Civil Veterinary Dept. Bombay admin report 1914-1922 - 1914-1922
Year: 1914
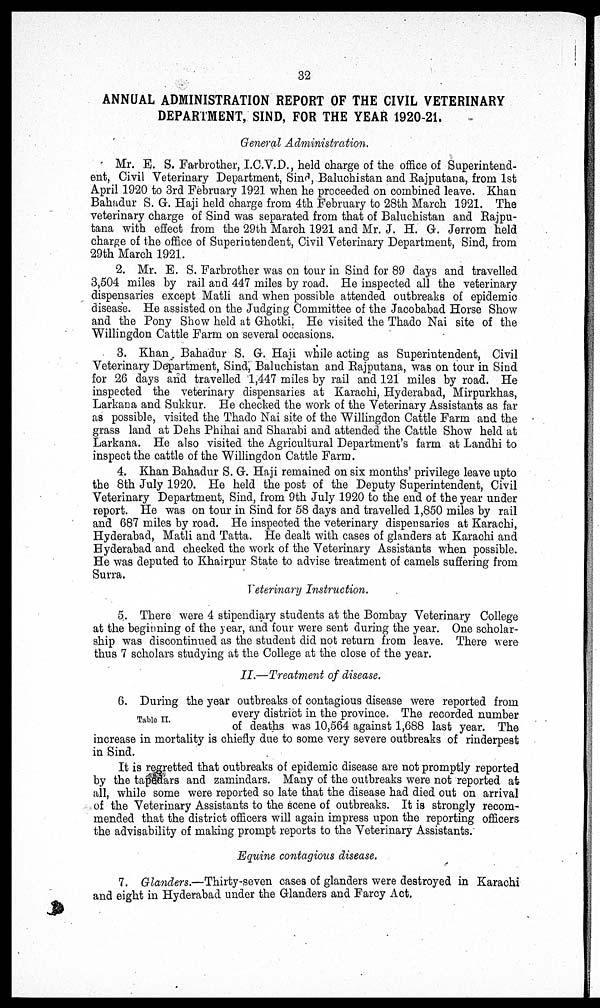
32
ANNUAL ADMINISTRATION REPORT OF THE CIVIL VETERINARY
DEPARTMENT, SIND, FOR THE YEAR 1920-21.
General Administration.
Mr. E. S. Farbrother, I.C.V.D., held charge of the office of Superintend-
ent, Civil Veterinary Department, Sind, Baluchistan and Rajputana, from 1st
April 1920 to 3rd February 1921 when he proceeded on combined leave. Khan
Bahadur S. G. Haji held charge from 4th February to 28th March 1921. The
veterinary charge of Sind was separated from that of Baluchistan and Rajpu-
tana with effect from the 29th March 1921 and Mr. J. H. G. Jerrom held
charge of the office of Superintendent, Civil Veterinary Department, Sind, from
29th March 1921.
2. Mr. E. S. Farbrother was on tour in Sind for 89 days and travelled
3,504 miles by rail and 447 miles by road. He inspected all the veterinary
dispensaries except Matli and when possible attended outbreaks of epidemic
disease. He assisted on the Judging Committee of the Jacobabad Horse Show
and the Pony Show held at Ghotki. He visited the Thado Nai site of the
Willingdon Cattle Farm on several occasions.
3. Khan Bahadur S. G. Haji while acting as Superintendent, Civil
Veterinary Department, Sind, Baluchistan and Rajputana, was on tour in Sind
for 26 days and travelled 1,447 miles by rail and 121 miles by road. He
inspected the veterinary dispensaries at Karachi, Hyderabad, Mirpurkhas,
Larkana and Sukkur. He checked the work of the Veterinary Assistants as far
as possible, visited the Thado Nai site of the Willingdon Cattle Farm and the
grass land at Dehs Phihai and Sharabi and attended the Cattle Show held at
Larkana. He also visited the Agricultural Department's farm at Landhi to
inspect the cattle of the Willingdon Cattle Farm.
4. Khan Bahadur S. G. Haji remained on six months' privilege leave upto
the 8th July 1920. He held the post of the Deputy Superintendent, Civil
Veterinary Department, Sind, from 9th July 1920 to the end of the year under
report. He was on tour in Sind for 58 days and travelled 1,850 miles by rail
and 687 miles by road. He inspected the veterinary dispensaries at Karachi,
Hyderabad, Matli and Tatta. He dealt with cases of glanders at Karachi and
Hyderabad and checked the work of the Veterinary Assistants when possible.
He was deputed to Khairpur State to advise treatment of camels suffering from
Surra.
Veterinary Instruction.
5. There were 4 stipendiary students at the Bombay Veterinary College
at the beginning of the year, and four were sent during the year. One scholar-
ship was discontinued as the student did not return from leave. There were
thus 7 scholars studying at the College at the close of the year.
II.—Treatment of disease.
Table II.
6. During the year outbreaks of contagious disease were reported from
every district in the province. The recorded number
of deaths was 10,564 against 1,688 last year. The
increase in mortality is chiefly due to some very severe outbreaks of rinderpest
in Sind.
It is regretted that outbreaks of epidemic disease are not promptly reported
by the tapedars and zamindars. Many of the outbreaks were not reported at
all, while some were reported so late that the disease had died out on arrival
of the Veterinary Assistants to the scene of outbreaks. It is strongly recom-
mended that the district officers will again impress upon the reporting officers
the advisability of making prompt reports to the Veterinary Assistants.
Equine contagious disease.
7. Glanders.—Thirty-seven cases of glanders were destroyed in Karachi
and eight in Hyderabad under the Glanders and Farcy Act.